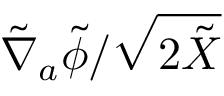
{ \tilde { \nabla } _ { a } \tilde { \phi } } / { \sqrt { 2 \tilde { X } } }